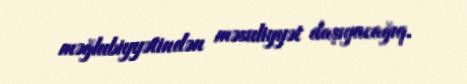
məğlubiyyətindən məsuliyyət daşıyacağıq.